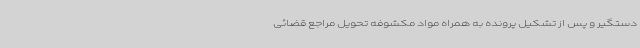
دستگیر و پس از تشکیل پرونده به همراه مواد مکشوفه تحویل مراجع قضائی